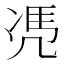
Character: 𠙖